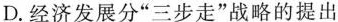
D.经济发展分”三步走”战略的提出